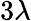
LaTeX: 3\lambda